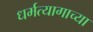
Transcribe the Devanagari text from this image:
धर्मत्यागाच्या